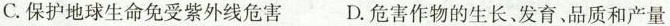
C.保护地球生命免受紫外线危害 D.危害作物的生长、发育、品质和产量